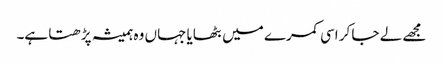
مجھے لے جا کر اسی کمرے میں بٹھایا جہاں وہ ہمیشہ پڑھتا ہے۔